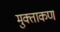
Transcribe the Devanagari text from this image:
मुक्ताकण